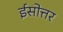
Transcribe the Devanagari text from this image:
ईसोत्तर